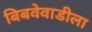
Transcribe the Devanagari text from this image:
बिबवेवाडीला